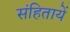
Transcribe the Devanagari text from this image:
संहितायें